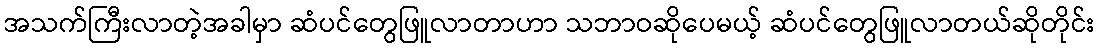
အသက်ကြီးလာတဲ့အခါမှာ ဆံပင်တွေဖြူလာတာဟာ သဘာဝဆိုပေမယ့် ဆံပင်တွေဖြူလာတယ်ဆိုတိုင်း